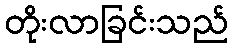
တိုးလာခြင်းသည်